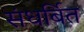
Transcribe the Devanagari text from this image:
संधर्बित